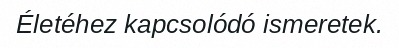
Életéhez kapcsolódó ismeretek.